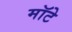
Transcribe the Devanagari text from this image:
मॉटे